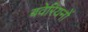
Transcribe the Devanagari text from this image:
बवेरियनों